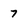
Character: 7